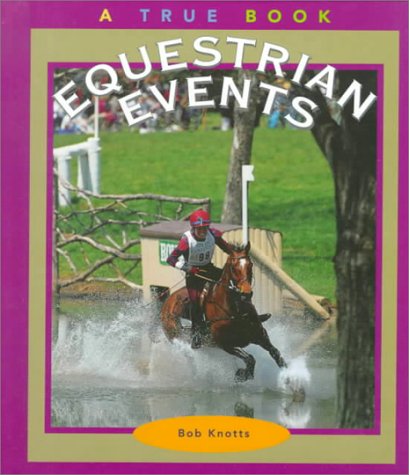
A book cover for Equestrian Events (True Books: Sports); Bob Knotts; Children's Books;